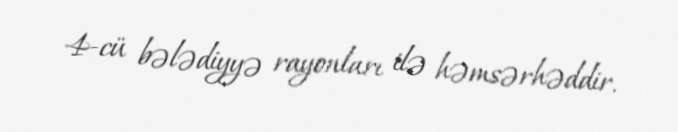
4-cü bələdiyyə rayonları ilə həmsərhəddir.